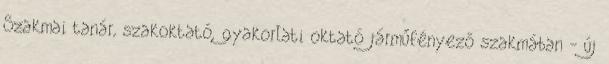
Szakmai tanár, szakoktató, gyakorlati oktató járműfényező szakmában - új